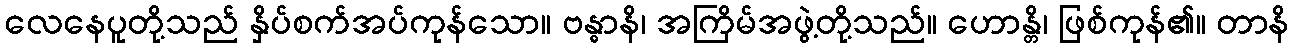
လေနေပူတို့သည် နှိပ်စက်အပ်ကုန်သော။ ဗန္ဓာနိ၊ အကြိမ်အဖွဲ့တို့သည်။ ဟောန္တိ၊ ဖြစ်ကုန်၏။ တာနိ